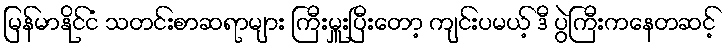
မြန်မာနိုင်ငံ သတင်းစာဆရာများ ကြီးမှူးပြီးတော့ ကျင်းပမယ့် ဒီ ပွဲကြီးကနေတဆင့်